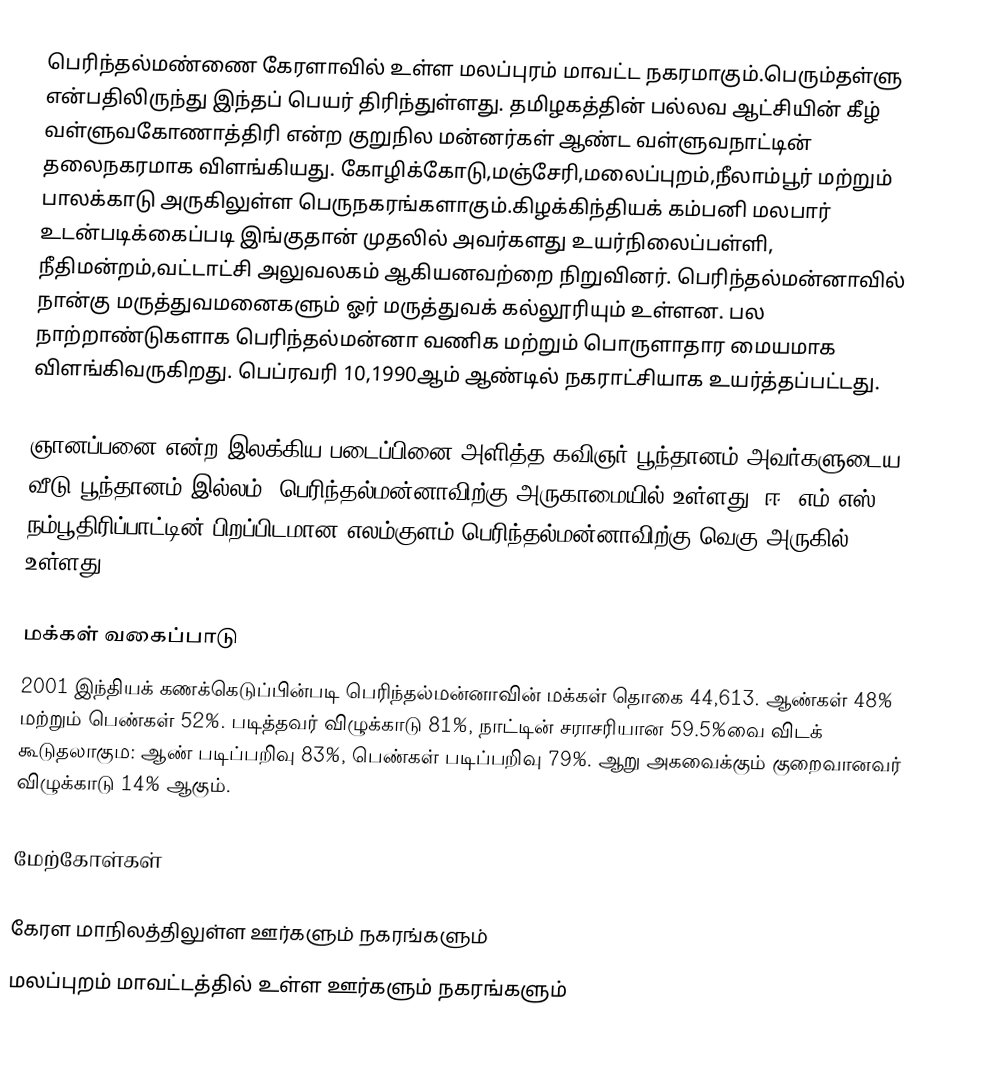
பெரிந்தல்மண்ணை கேரளாவில் உள்ள மலப்புரம் மாவட்ட நகரமாகும்.பெரும்தள்ளு என்பதிலிருந்து இந்தப் பெயர் திரிந்துள்ளது. தமிழகத்தின் பல்லவ ஆட்சியின் கீழ் வள்ளுவகோணாத்திரி என்ற குறுநில மன்னர்கள் ஆண்ட வள்ளுவநாட்டின் தலைநகரமாக விளங்கியது. கோழிக்கோடு,மஞ்சேரி,மலைப்புறம்,நீலாம்பூர் மற்றும் பாலக்காடு அருகிலுள்ள பெருநகரங்களாகும்.கிழக்கிந்தியக் கம்பனி மலபார் உடன்படிக்கைப்படி இங்குதான் முதலில் அவர்களது உயர்நிலைப்பள்ளி, நீதிமன்றம்,வட்டாட்சி அலுவலகம் ஆகியனவற்றை நிறுவினர். பெரிந்தல்மன்னாவில் நான்கு மருத்துவமனைகளும் ஓர் மருத்துவக் கல்லூரியும் உள்ளன. பல நாற்றாண்டுகளாக பெரிந்தல்மன்னா வணிக மற்றும் பொருளாதார மையமாக விளங்கிவருகிறது. பெப்ரவரி 10,1990ஆம் ஆண்டில் நகராட்சியாக உயர்த்தப்பட்டது.

ஞானப்பனை என்ற இலக்கிய படைப்பினை அளித்த கவிஞர் பூந்தானம் அவர்களுடைய வீடு,பூந்தானம் இல்லம், பெரிந்தல்மன்னாவிற்கு அருகாமையில் உள்ளது. ஈ. எம்.எஸ். நம்பூதிரிப்பாட்டின் பிறப்பிடமான எலம்குளம் பெரிந்தல்மன்னாவிற்கு வெகு அருகில் உள்ளது.

மக்கள் வகைப்பாடு
2001 இந்தியக் கணக்கெடுப்பின்படி பெரிந்தல்மன்னாவின் மக்கள் தொகை 44,613. ஆண்கள் 48% மற்றும் பெண்கள் 52%. படித்தவர் விழுக்காடு 81%, நாட்டின் சராசரியான 59.5%வை விடக் கூடுதலாகும: ஆண் படிப்பறிவு  83%, பெண்கள் படிப்பறிவு 79%. ஆறு அகவைக்கும் குறைவானவர் விழுக்காடு 14% ஆகும்.

மேற்கோள்கள்

கேரள மாநிலத்திலுள்ள ஊர்களும் நகரங்களும்
மலப்புறம் மாவட்டத்தில் உள்ள ஊர்களும் நகரங்களும்